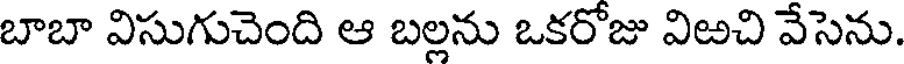
బాబా విసుగుచెంది ఆ బల్లను ఒకరోజు విఱచి వేసెను.